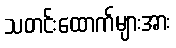
သတင်းထောက်များအား